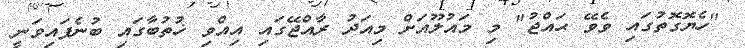
"ހެޔޮގޮތުގައި ވެވޭ ޙައްޖު" މި މައުލޫއަށް މިއަދު ރާއްޖޭގައި އިއްވި ޚުތުބާގައި ބުނެފައިވަނީ